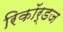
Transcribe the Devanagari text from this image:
रिकॉर्डज